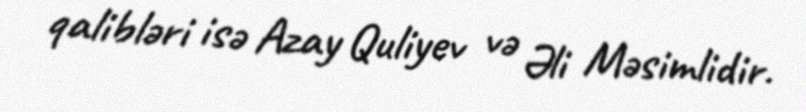
qalibləri isə Azay Quliyev və Əli Məsimlidir.